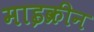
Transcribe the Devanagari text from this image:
माइक्रीन